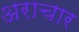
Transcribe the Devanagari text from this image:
अराचार